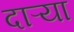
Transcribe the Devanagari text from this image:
दाऱ्या